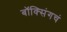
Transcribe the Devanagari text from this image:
बॉक्सिंगचं